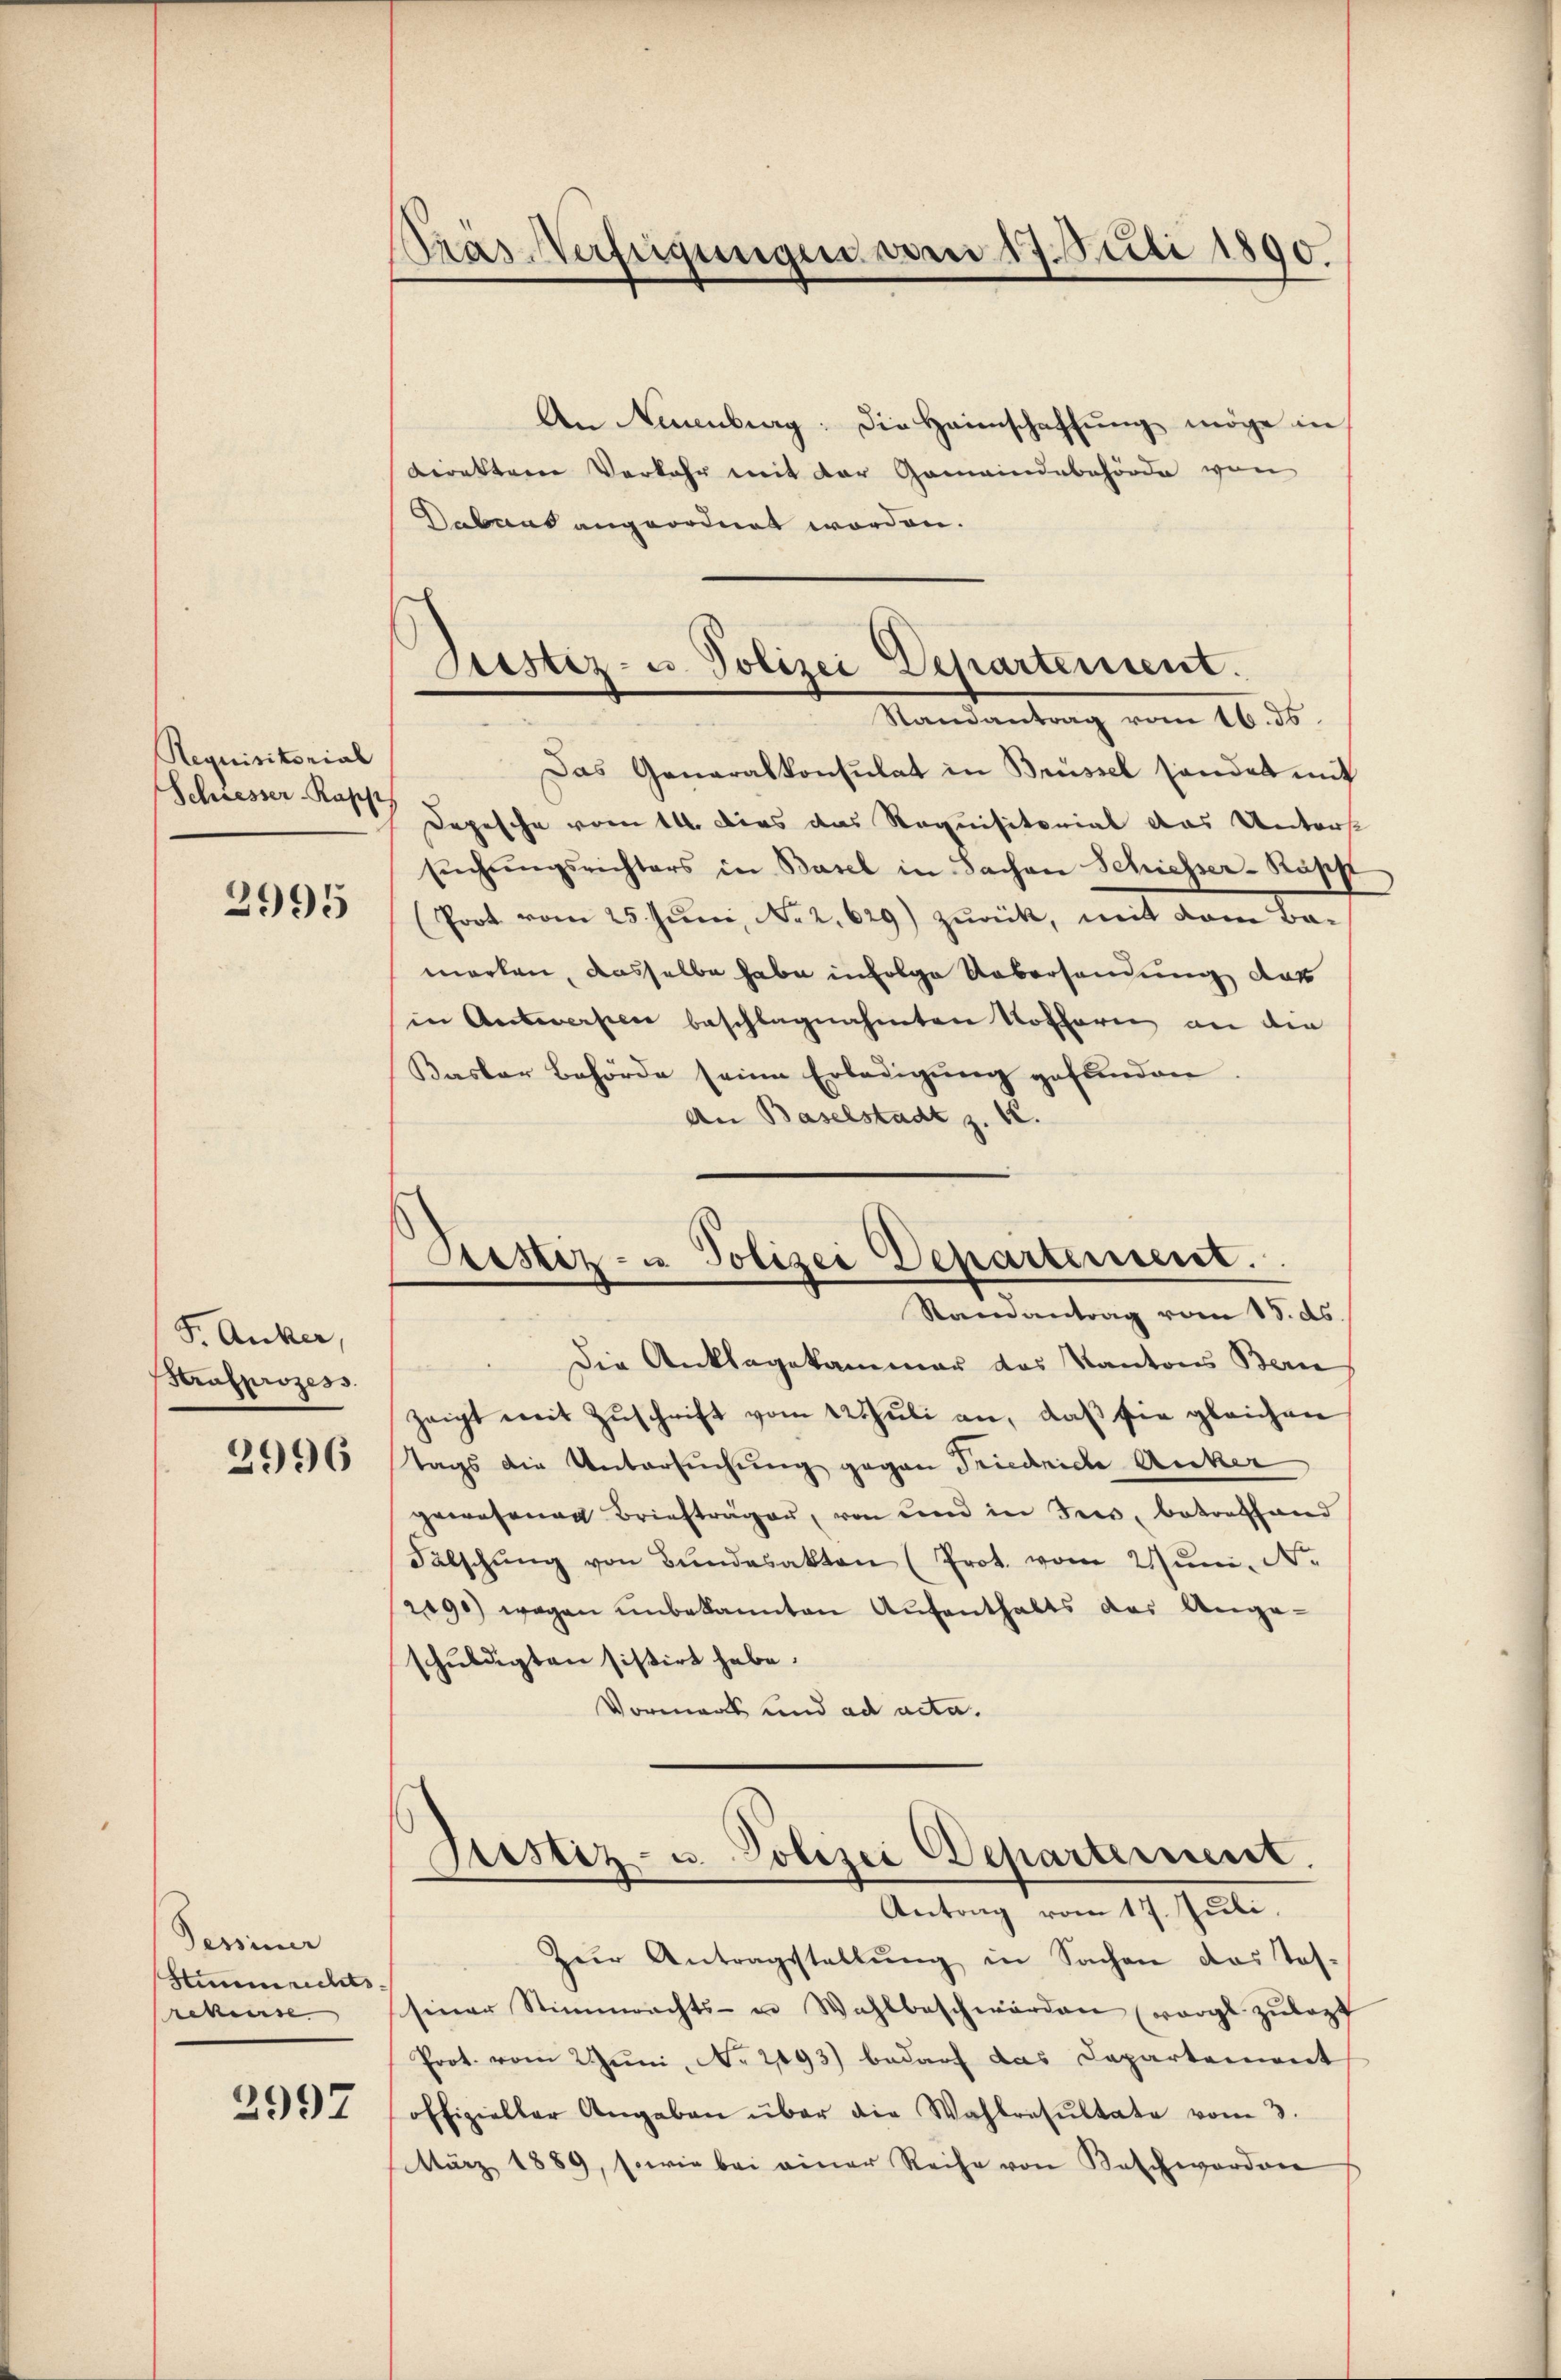
Requisitorial
Schresser-Rapp

2995

F. Anker,
Strafprozess

2996

Pessiner
Stimmrechts-
rekurse

2997

Pras Verfügungen vom 17. Juli 1890.

Justiz- u. Polizei Departement.
Randantrag vom 16. 36

Bestiz- u. Polizei Departement.
Randantrag vom 15. ds.

An Neuenburg: Die Heimschaffung möge in
direkten Verkehr mit der Gemeindebehörde von
Dabaas angeordnet worden.
Das Generalkonsulat in Brüssel sendet mit
Depesche vom 14. Dies das Requisitorial das Unters
sŭchŭngsrichters in Basel in Sachen Schiesser-Kapp
Prot vom 25. Juni, No 2,629) zurück, mit dem Bamarken, dasselbe habe infolge Uebersendung das
in Auswerfen beschlagnahmten Notharin an die
Kasler Behörde seine Erledigung gefunden.
An Baselstadt z. 12.
Die Anklagekammer das Kantons Bern
zeigt mit Zŭschrift vom 12t Juli an, daβ sie gleichen
Tags die Untersuchung gegen Friedriche Auker
gewesenen Briefträger, von und in der, betreffend
Falschŭng von Bŭndesakten (Prot. vom Jun. N.
2090) wegen unbekannten Aufenthalts das Angeschŭldigten sisirt habe.
Vormark und ad acta.
Justiz- u. Polizei Departement.
Antrag vom 17. Juli.
Zŭr Antragstellŭng in Sachen das Tos-
siner Stimmrechts- u Wahlbeschwerden (worgl zŭlazt
Prot. vom 2 Juni, No 2093) bedarf das Capartement
offizieller Angaben über die Wahlresŭltate vom 3.
März 1889, sowie bei einer Reihe von Kaschworder